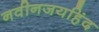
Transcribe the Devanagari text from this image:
नवीनजयहिंद